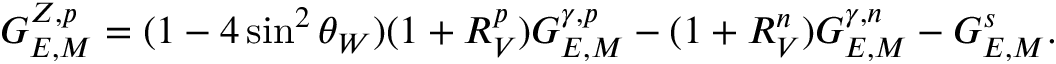
G _ { E , M } ^ { Z , p } = ( 1 - 4 \sin ^ { 2 } \theta _ { W } ) ( 1 + R _ { V } ^ { p } ) G _ { E , M } ^ { \gamma , p } - ( 1 + R _ { V } ^ { n } ) G _ { E , M } ^ { \gamma , n } - G _ { E , M } ^ { s } .